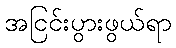
အငြင်းပွားဖွယ်ရာ